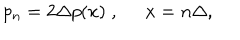
p _ { n } = 2 \Delta p ( x ) \; , \; \; x = n \Delta ,